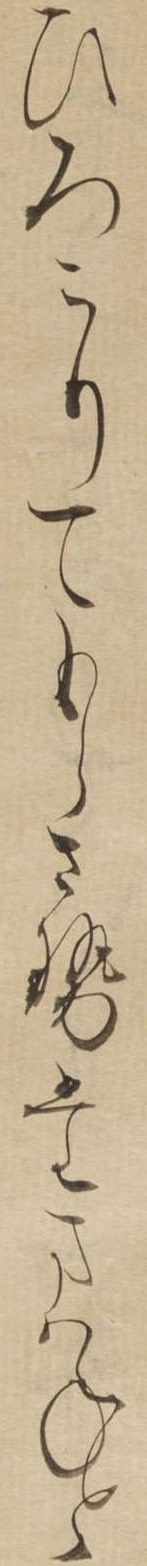
ひろこりてもらさせたまはねと